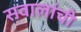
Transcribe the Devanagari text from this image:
सवालांची